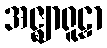
အဇ္ဈာရူဠှာ